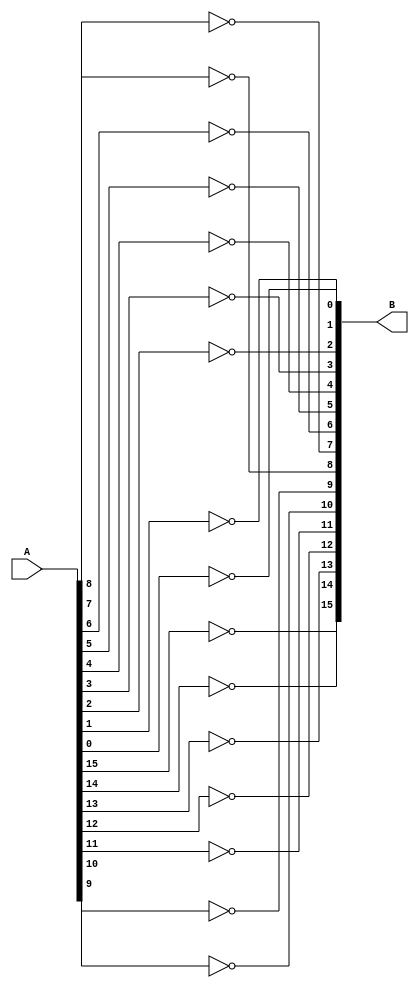
module NOT16(input [15:0] A, output [15:0] B);

assign B[15] = !A[15];
assign B[14] = !A[14];
assign B[13] = !A[13];
assign B[12] = !A[12];
assign B[11] = !A[11];
assign B[10] = !A[10];
assign B[9] = !A[9];
assign B[8] = !A[8];
assign B[7] = !A[7];
assign B[6] = !A[6];
assign B[5] = !A[5];
assign B[4] = !A[4];
assign B[3] = !A[3];
assign B[2] = !A[2];
assign B[1] = !A[1];
assign B[0] = !A[0];

endmodule